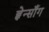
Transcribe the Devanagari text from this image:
ह्वेन्साँग